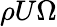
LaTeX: \rho U\Omega